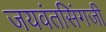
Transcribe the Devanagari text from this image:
जयवंतसिंगजी